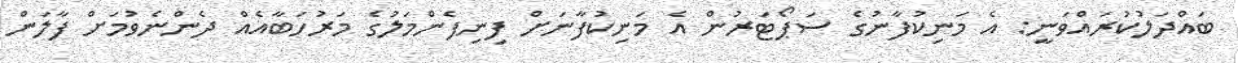
ބައްދަލުކުރައްވަނީ: އެ މަނިކުފާނުގެ ސަޕޯޓަރުން އެ މަނިކުފާނަށް ފިނިފެންމަލުގެ މަރުހަބާއެއް ދެންނެވުމަށް ފާލަން